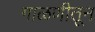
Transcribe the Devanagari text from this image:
गाळणीतून